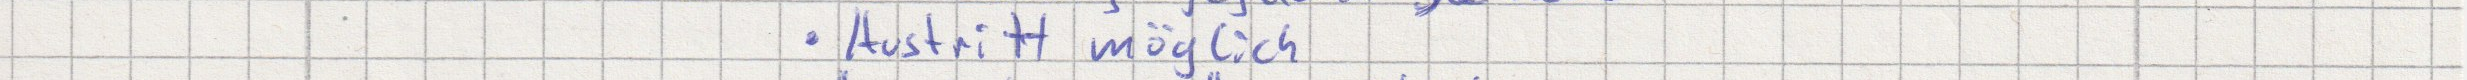
Austritt möglich